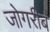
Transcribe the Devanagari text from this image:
जोगरीब